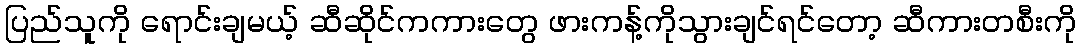
ပြည်သူကို ရောင်းချမယ့် ဆီဆိုင်ကကားတွေ ဖားကန့်ကိုသွားချင်ရင်တော့ ဆီကားတစီးကို